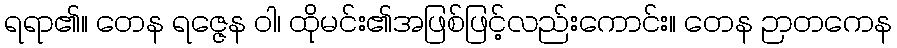
ရရာ၏။ တေန ရဇ္ဇေန ဝါ၊ ထိုမင်း၏အဖြစ်ဖြင့်လည်းကောင်း။ တေန ဉာတကေန